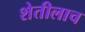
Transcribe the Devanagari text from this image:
शेतीलाच